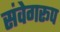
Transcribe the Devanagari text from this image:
संवेगरूप